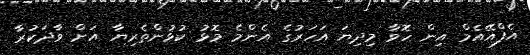
އެފްއޭއެމް އިން ހޮވާ މިދިޔަ އަހަރުގެ އެންމެ މޮޅު ކުޅުންތެރިޔާ އަށް ވާދަކުރާ